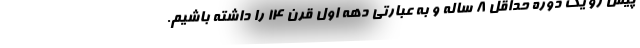
پیش رو یک دوره حداقل ۸ ساله و به عبارتی دهه اول قرن ۱۴ را داشته باشیم.